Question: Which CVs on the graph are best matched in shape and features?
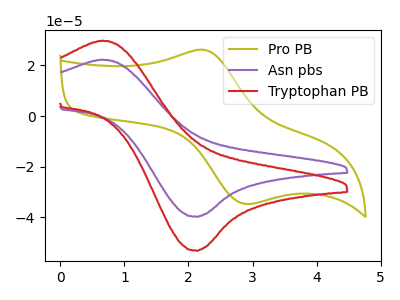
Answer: <think>The olive curve "Pro PB" has an anodic peak at (2.25V, 26.05uA) and a cathodic peak at (2.95V, -34.70uA). The purple curve "Asn pbs" has an anodic peak at (0.65V, 22.20uA) and a cathodic peak at (2.15V, -39.75uA). The red curve "Tryptophan PB" has an anodic peak at (0.65V, 29.70uA) and a cathodic peak at (2.15V, -53.15uA).
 "Pro PB" and "Asn pbs" have at least one peak that do not match. "Pro PB" and "Tryptophan PB" have at least one peak that do not match. All the peaks in "Asn pbs" have a peak in "Tryptophan PB" at the same potential. Every peak in "Asn pbs" is lower than every peak in "Tryptophan PB".</think>
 <answer>"Asn pbs" and "Tryptophan PB" have the same shape and are likely CV's of the same chemical.</answer>
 <eval>"Asn pbs" "Tryptophan PB"</eval>